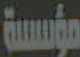
مؤسسة